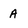
Character: a